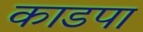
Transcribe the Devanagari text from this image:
काडपा